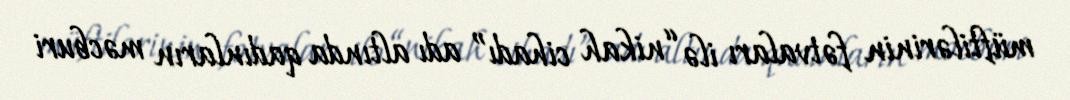
müftilərinin fətvaları ilə “nikah cihadı” adı altında qadınların məcburi